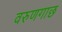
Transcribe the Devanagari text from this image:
वरुणगाछ